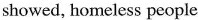
showed,homeless people